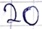
Text: 20